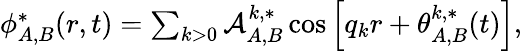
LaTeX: \begin{array}{r}{\phi_{A,B}^{*}(r,t)=\sum_{k>0}\mathcal{A}_{A,B}^{k,*}\cos\left[q_{k}r+\theta_{A,B}^{k,*}(t)\right],}\end{array}